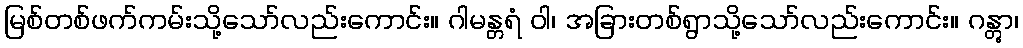
မြစ်တစ်ဖက်ကမ်းသို့သော်လည်းကောင်း။ ဂါမန္တရံ ဝါ၊ အခြားတစ်ရွာသို့သော်လည်းကောင်း။ ဂန္တွာ၊